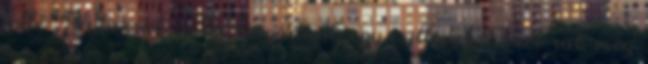
tette:"Elvtársak, a mi brigádunk egy csillével többet rak meg